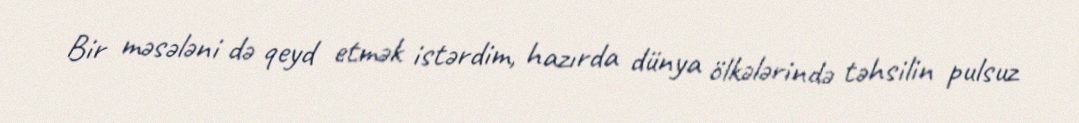
Bir məsələni də qeyd etmək istərdim, hazırda dünya ölkələrində təhsilin pulsuz